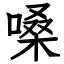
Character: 嗓